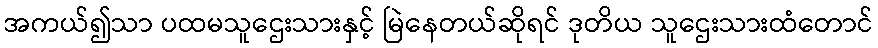
အကယ်၍သာ ပထမသူဌေးသားနှင့် မြဲနေတယ်ဆိုရင် ဒုတိယ သူဌေးသားထံတောင်